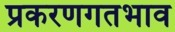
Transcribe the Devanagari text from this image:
प्रकरणगतभाव